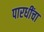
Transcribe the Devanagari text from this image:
पारधींचा